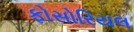
ફોસોરિયલ